Annual report on the Civil Veterinary Department, Burma (including the Insein Veterinary School) - 1932-1941
Year: 1932
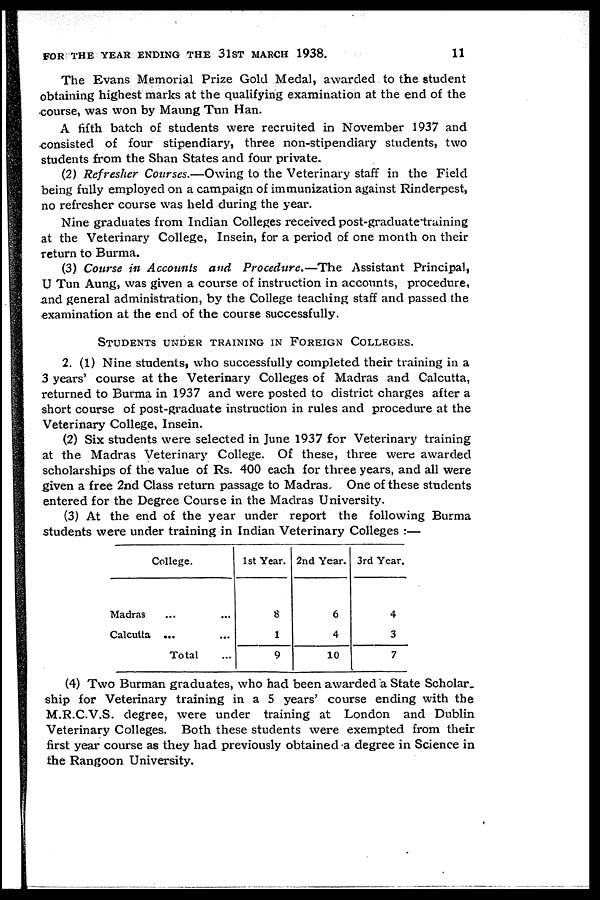
FOR THE YEAR ENDING THE 31ST MARCH 1938.
11
The Evans Memorial Prize Gold Medal, awarded to the student
obtaining highest marks at the qualifying examination at the end of the
course, was won by Maung Tun Han.
A fifth batch of students were recruited in November 1937 and
consisted of four stipendiary, three non-stipendiary students, two
students from the Shan States and four private.
(2) Refresher Courses.—Owing to the Veterinary staff in the Field
being fully employed on a campaign of immunization against Rinderpest,
no refresher course was held during the year.
Nine graduates from Indian Colleges received post-graduate training
at the Veterinary College, Insein, for a period of one month on their
return to Burma.
(3) Course in Accounts and Procedure.—The Assistant Principal,
U Tun Aung, was given a course of instruction in accounts, procedure,
and general administration, by the College teaching staff and passed the
examination at the end of the course successfully.
STUDENTS UNDER TRAINING IN FOREIGN COLLEGES.
2. (1) Nine students, who successfully completed their training in a
3 years' course at the Veterinary Colleges of Madras and Calcutta,
returned to Burma in 1937 and were posted to district charges after a
short course of post-graduate instruction in rules and procedure at the
Veterinary College, Insein.
(2) Six students were selected in June 1937 for Veterinary training
at the Madras Veterinary College. Of these, three were awarded
scholarships of the value of Rs. 400 each for three years, and all were
given a free 2nd Class return passage to Madras. One of these students
entered for the Degree Course in the Madras University.
(3) At the end of the year under report the following Burma
students were under training in Indian Veterinary Colleges :—
College.
Madras ... ...
Calcutta ... ...
Total ...
1st Year.
8
1
9
2nd Year.
6
4
10
3rd Year.
4
3
7
(4) Two Burman graduates, who had been awarded a State Scholar
ship for Veterinary training in a 5 years' course ending with the
M.R.C.V.S. degree, were under training at London and Dublin
Veterinary Colleges. Both these students were exempted from their
first year course as they had previously obtained a degree in Science in
the Rangoon University.